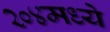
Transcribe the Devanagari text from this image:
२०४मध्ये